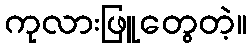
ကုလားဖြူတွေတဲ့။